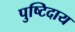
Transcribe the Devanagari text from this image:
पुष्टिदाय